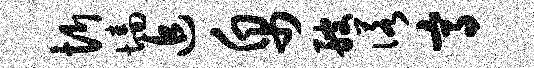
忻墙追帛艘诺高